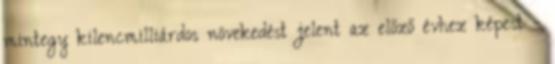
mintegy kilencmilliárdos növekedést jelent az előző évhez képest -